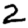
Digit: 2